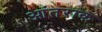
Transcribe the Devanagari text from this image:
आंतराक